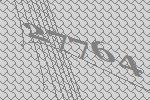
27764